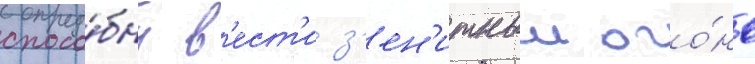
спосо́бны в'ест'и з'ен'итныи ого́нь